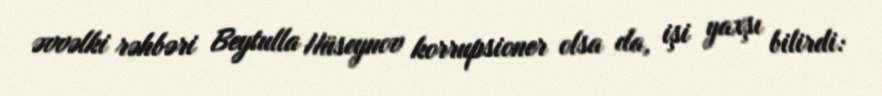
əvvəlki rəhbəri Beytulla Hüseynov korrupsioner olsa da, işi yaxşı bilirdi: